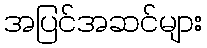
အပြင်အဆင်များ